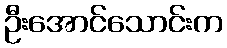
ဦးအောင်သောင်းက